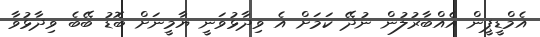
އެމްޑީޕީން އެއްބާރުލުން ނުދޭ ކަމަށް އެ ވިދާޅުވަނީ ޔާމީނަށް ބޮޑު ބޭބެ ވިދާޅުވާ